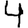
Digit: 4